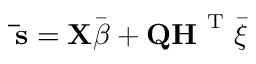
\mathbf { \bar { s } } = \mathbf { X } \bar { \boldsymbol { \beta } } + \mathbf { Q H } ^ { \mathrm { ~ T ~ } } \bar { \xi }